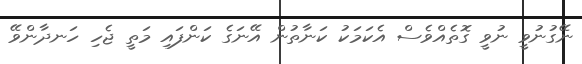
ނޭގުނުވީ ނުވީ ގޮތެއްވެސް އެކަމަކު ކަނާތުން އޭނަގެ ކަންފައި މަތީ ޖެހި ހަނދާންވޭ